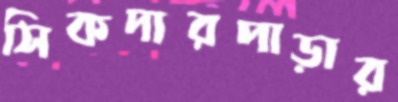
সিকদারপাড়ার